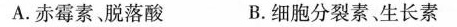
A. 赤霉素、脱落酸 B. 细胞分裂素、生长素